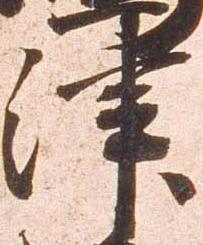
津